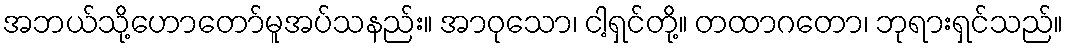
အဘယ်သို့ဟောတော်မူအပ်သနည်း။ အာဝုသော၊ ငါ့ရှင်တို့။ တထာဂတော၊ ဘုရားရှင်သည်။